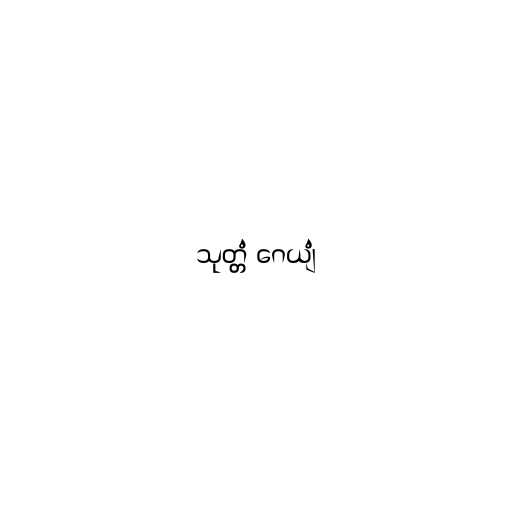
သုတ္တံ ဂေယျံ